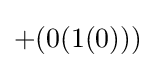
+(0(1(0)))